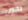
تحين